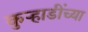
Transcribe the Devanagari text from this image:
कुऱ्हाडींच्या